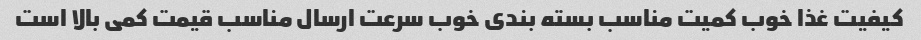
کیفیت غذا خوب کمیت مناسب بسته بندی خوب سرعت ارسال مناسب قیمت کمی بالا است